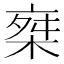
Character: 椉